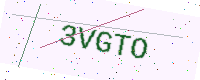
Text: 3VGTO